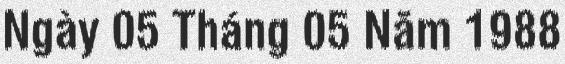
Ngày 05 Tháng 05 Năm 1988